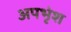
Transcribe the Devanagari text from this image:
अपभृंश